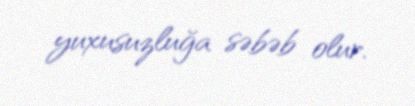
yuxusuzluğa səbəb olur.